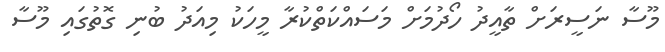
މޫސާ ނަސީރަށް ތާއީދު ހޯދުމަށް މަަސައްކަތްކުރާ މީހަކު މިއަދު ބުނި ގޮތުގައި މޫސާ